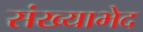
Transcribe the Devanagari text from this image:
संख्याभेद